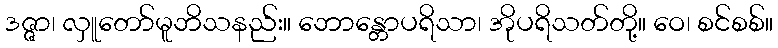
ဒဇ္ဇာ၊ လှူတော်မူဘိသနည်း။ ဘောန္တောပရိသာ၊ အိုပရိသတ်တို့။ ဝေ၊ စင်စစ်။